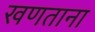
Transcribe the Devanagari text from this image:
खणताना